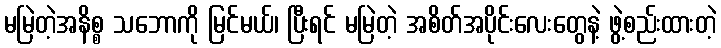
မမြဲတဲ့အနိစ္စ သဘောကို မြင်မယ်၊ ပြီးရင် မမြဲတဲ့ အစိတ်အပိုင်းလေးတွေနဲ့ ဖွဲ့စည်းထားတဲ့